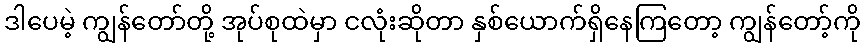
ဒါပေမဲ့ ကျွန်တော်တို့ အုပ်စုထဲမှာ ငလုံးဆိုတာ နှစ်ယောက်ရှိနေကြတော့ ကျွန်တော့်ကို